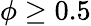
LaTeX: \phi\ge 0.5